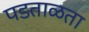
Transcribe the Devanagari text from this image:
पडताळता